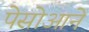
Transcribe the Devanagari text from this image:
पेसोआने